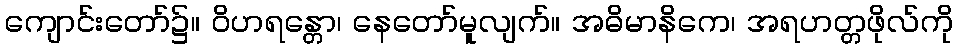
ကျောင်းတော်၌။ ဝိဟရန္တော၊ နေတော်မူလျက်။ အဓိမာနိကေ၊ အရဟတ္တဖိုလ်ကို